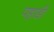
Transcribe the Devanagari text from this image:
पहाडी